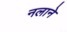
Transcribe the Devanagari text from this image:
नलाने